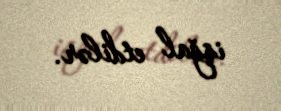
işğal etdilər.